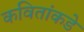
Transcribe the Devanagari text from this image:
कवितांकडे